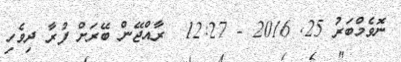
ނޮވެމްބަރު 25